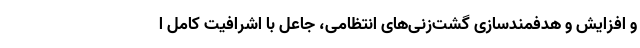
و افزایش و هدفمندسازی گشت‌زنی‌های انتظامی، جاعل با اشرافیت کامل ا